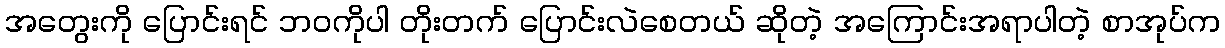
အတွေးကို ပြောင်းရင် ဘဝကိုပါ တိုးတက် ပြောင်းလဲစေတယ် ဆိုတဲ့ အကြောင်းအရာပါတဲ့ စာအုပ်က